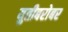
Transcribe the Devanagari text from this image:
युतीबरोबर